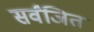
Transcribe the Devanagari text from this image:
सर्वंजित